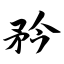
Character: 矜